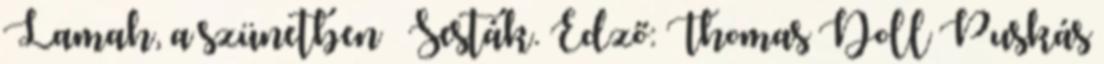
Lamah, a szünetben – Sesták. Edző: Thomas Doll Puskás